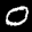
Label: 0